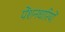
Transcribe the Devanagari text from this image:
पेंशनधारियों